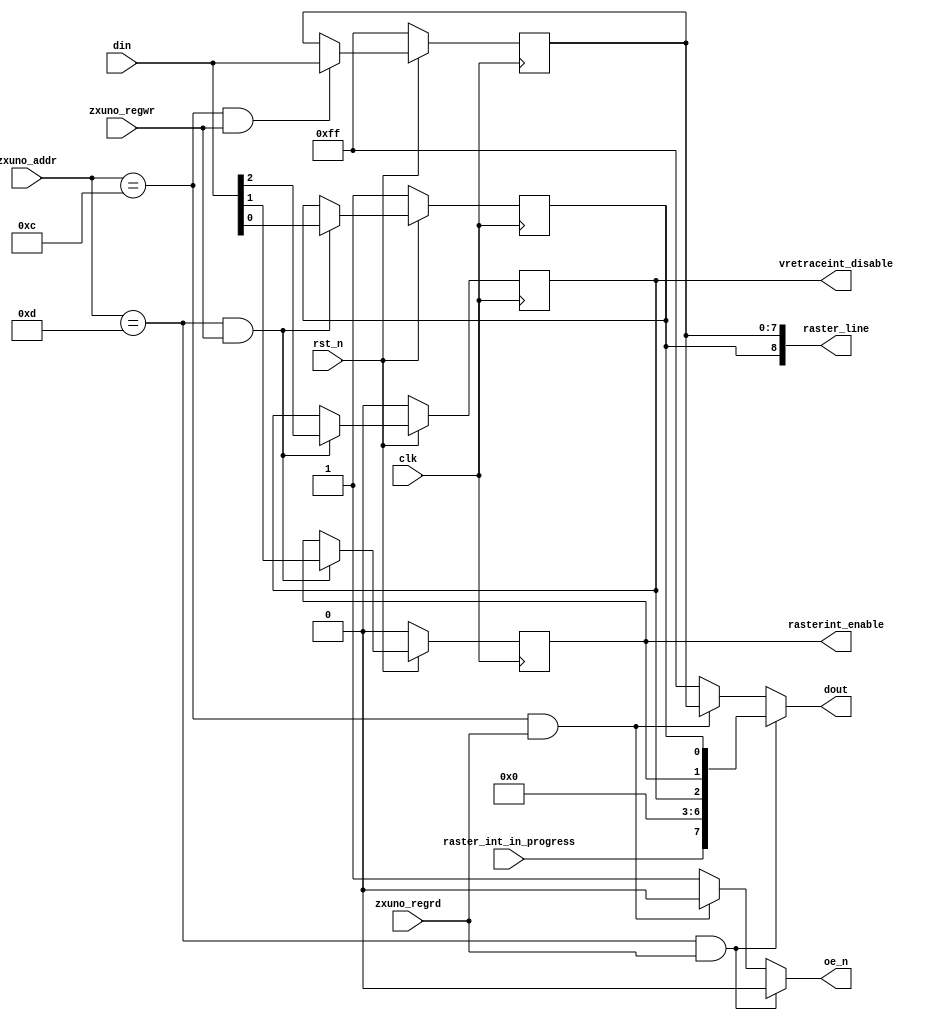
`timescale 1ns / 1ps
`default_nettype none

//////////////////////////////////////////////////////////////////////////////////
// Company: 
// Engineer: 
// 
// Design Name: 
// Module Name:    control_rasterint 
// Project Name: 
// Target Devices: 
// Tool versions: 
// Description: 
//
// Dependencies: 
//
// Revision: 
// Revision 0.01 - File Created
// Additional Comments: 
//
//////////////////////////////////////////////////////////////////////////////////

module rasterint_ctrl (
    input wire clk,
    input wire rst_n,
    input wire [7:0] zxuno_addr,
    input wire zxuno_regrd,
    input wire zxuno_regwr,
    input wire [7:0] din,
    output reg [7:0] dout,
    output reg oe_n,
    output wire rasterint_enable,
    output wire vretraceint_disable,
    output wire [8:0] raster_line,
    input wire raster_int_in_progress
    );

    parameter RASTERLINE = 8'h0C;
    parameter RASTERCTRL = 8'h0D;

    reg [7:0] rasterline_reg = 8'hFF;
    reg raster_enable = 1'b0;
    reg vretrace_disable = 1'b0;
    reg raster_8th_bit = 1'b1;      
    
    assign raster_line = {raster_8th_bit, rasterline_reg};
    assign rasterint_enable = raster_enable;
    assign vretraceint_disable = vretrace_disable;
    
    always @(posedge clk) begin
        if (rst_n == 1'b0) begin
            raster_enable <= 1'b0;
            vretrace_disable <= 1'b0;
            raster_8th_bit <= 1'b1;
            rasterline_reg <= 8'hFF;
        end
        else begin
            if (zxuno_addr == RASTERLINE && zxuno_regwr == 1'b1)
                rasterline_reg <= din;
            if (zxuno_addr == RASTERCTRL && zxuno_regwr == 1'b1)
                {vretrace_disable, raster_enable, raster_8th_bit} <= din[2:0];
        end
    end
    
    always @* begin
        dout = 8'hFF;
        oe_n = 1'b1;
        if (zxuno_addr == RASTERLINE && zxuno_regrd == 1'b1) begin
            dout = rasterline_reg;
            oe_n = 1'b0;
        end
        if (zxuno_addr == RASTERCTRL && zxuno_regrd == 1'b1) begin
            dout = {raster_int_in_progress, 4'b0000, vretrace_disable, raster_enable, raster_8th_bit};
            oe_n = 1'b0;
        end
    end
endmodule